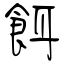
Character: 餌